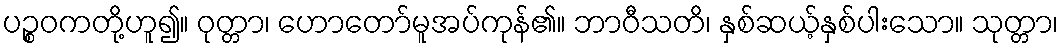
ပဉ္စဝကတို့ဟူ၍။ ဝုတ္တာ၊ ဟောတော်မူအပ်ကုန်၏။ ဘာဝီသတိ၊ နှစ်ဆယ့်နှစ်ပါးသော။ သုတ္တာ၊